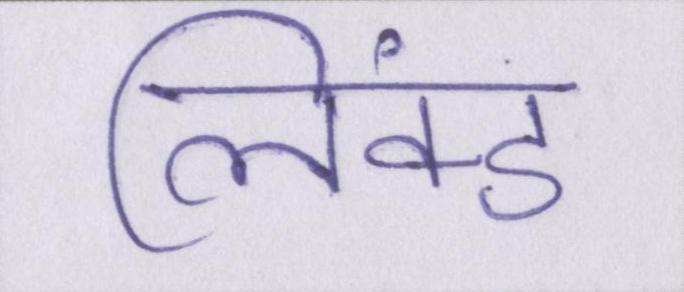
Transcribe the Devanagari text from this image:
लिंक्ड